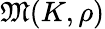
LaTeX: {\mathfrak{M}}(K,\rho)